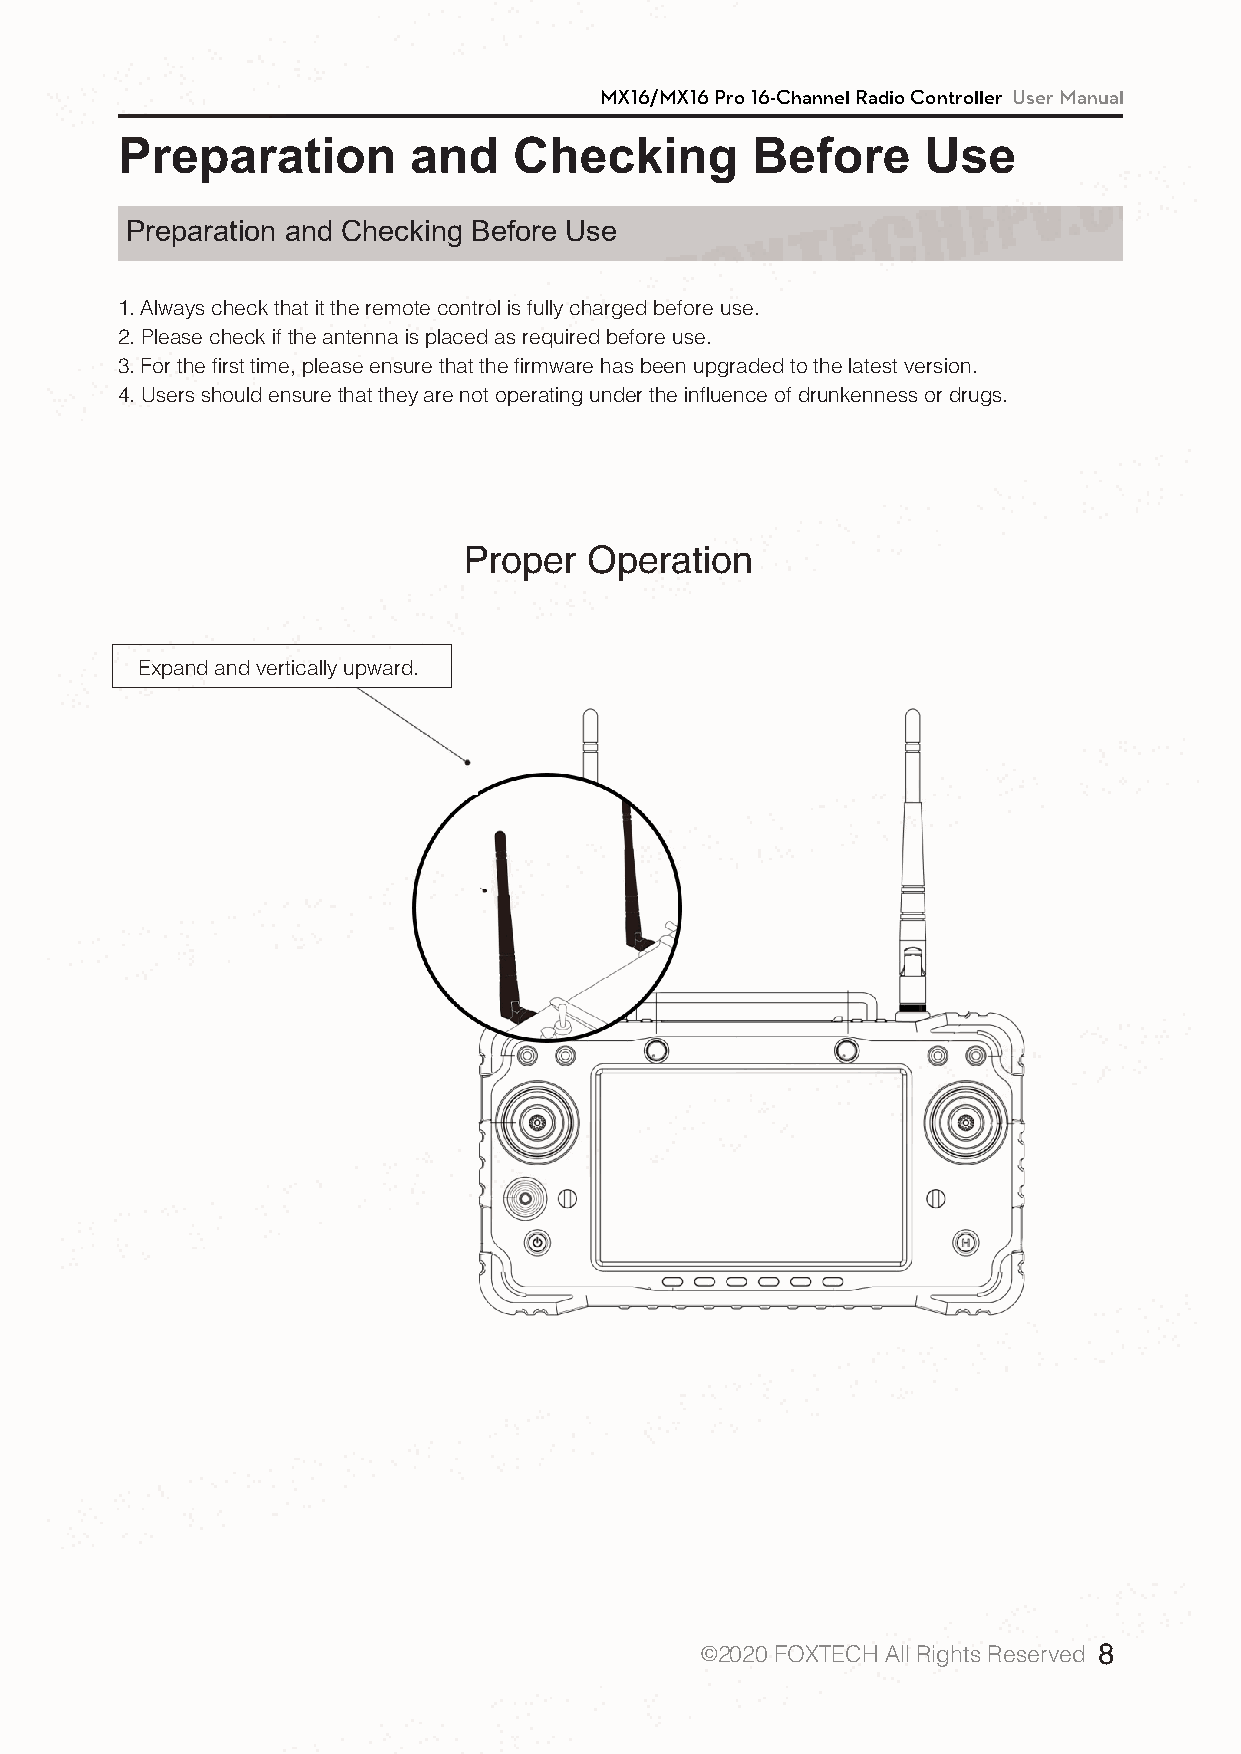
MX16/MX16 Pro 16-Channel Radio Controller User Manual
 Preparation        and    Checking        Before     Use
 Preparation and Checking Before Use
 1. Always check that it the remote control is fully charged before use.
 2. Please check if the antenna is placed as required before use.
 3. For the first time, please ensure that the firmware has been upgraded to the latest version.
 4. Users should ensure that they are not operating under the influence of drunkenness or drugs.
 Proper  Operation
 Expand and vertically upward.
 ©2020 FOXTECH All Rights Reserved 8